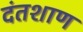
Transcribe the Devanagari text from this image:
दंतशाण